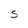
Character: S